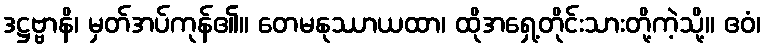
ဒဋ္ဌဗ္ဗာနိ၊ မှတ်အပ်ကုန်၏။ တေမနုဿာယထာ၊ ထိုအရှေ့တိုင်းသားတို့ကဲ့သို့။ ဧဝံ၊